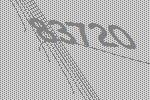
83720